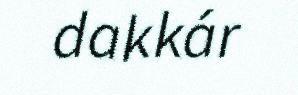
dakkár